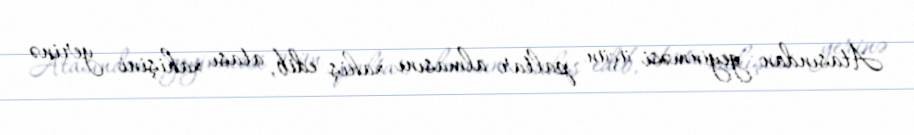
Atasından geyinməsi üçün paltar almasını xahiş edib, atası xahişini yerinə